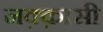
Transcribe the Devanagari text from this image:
नक़्क़ासी